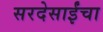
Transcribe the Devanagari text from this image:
सरदेसाईंचा